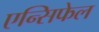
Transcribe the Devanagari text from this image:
एन्सिफेल